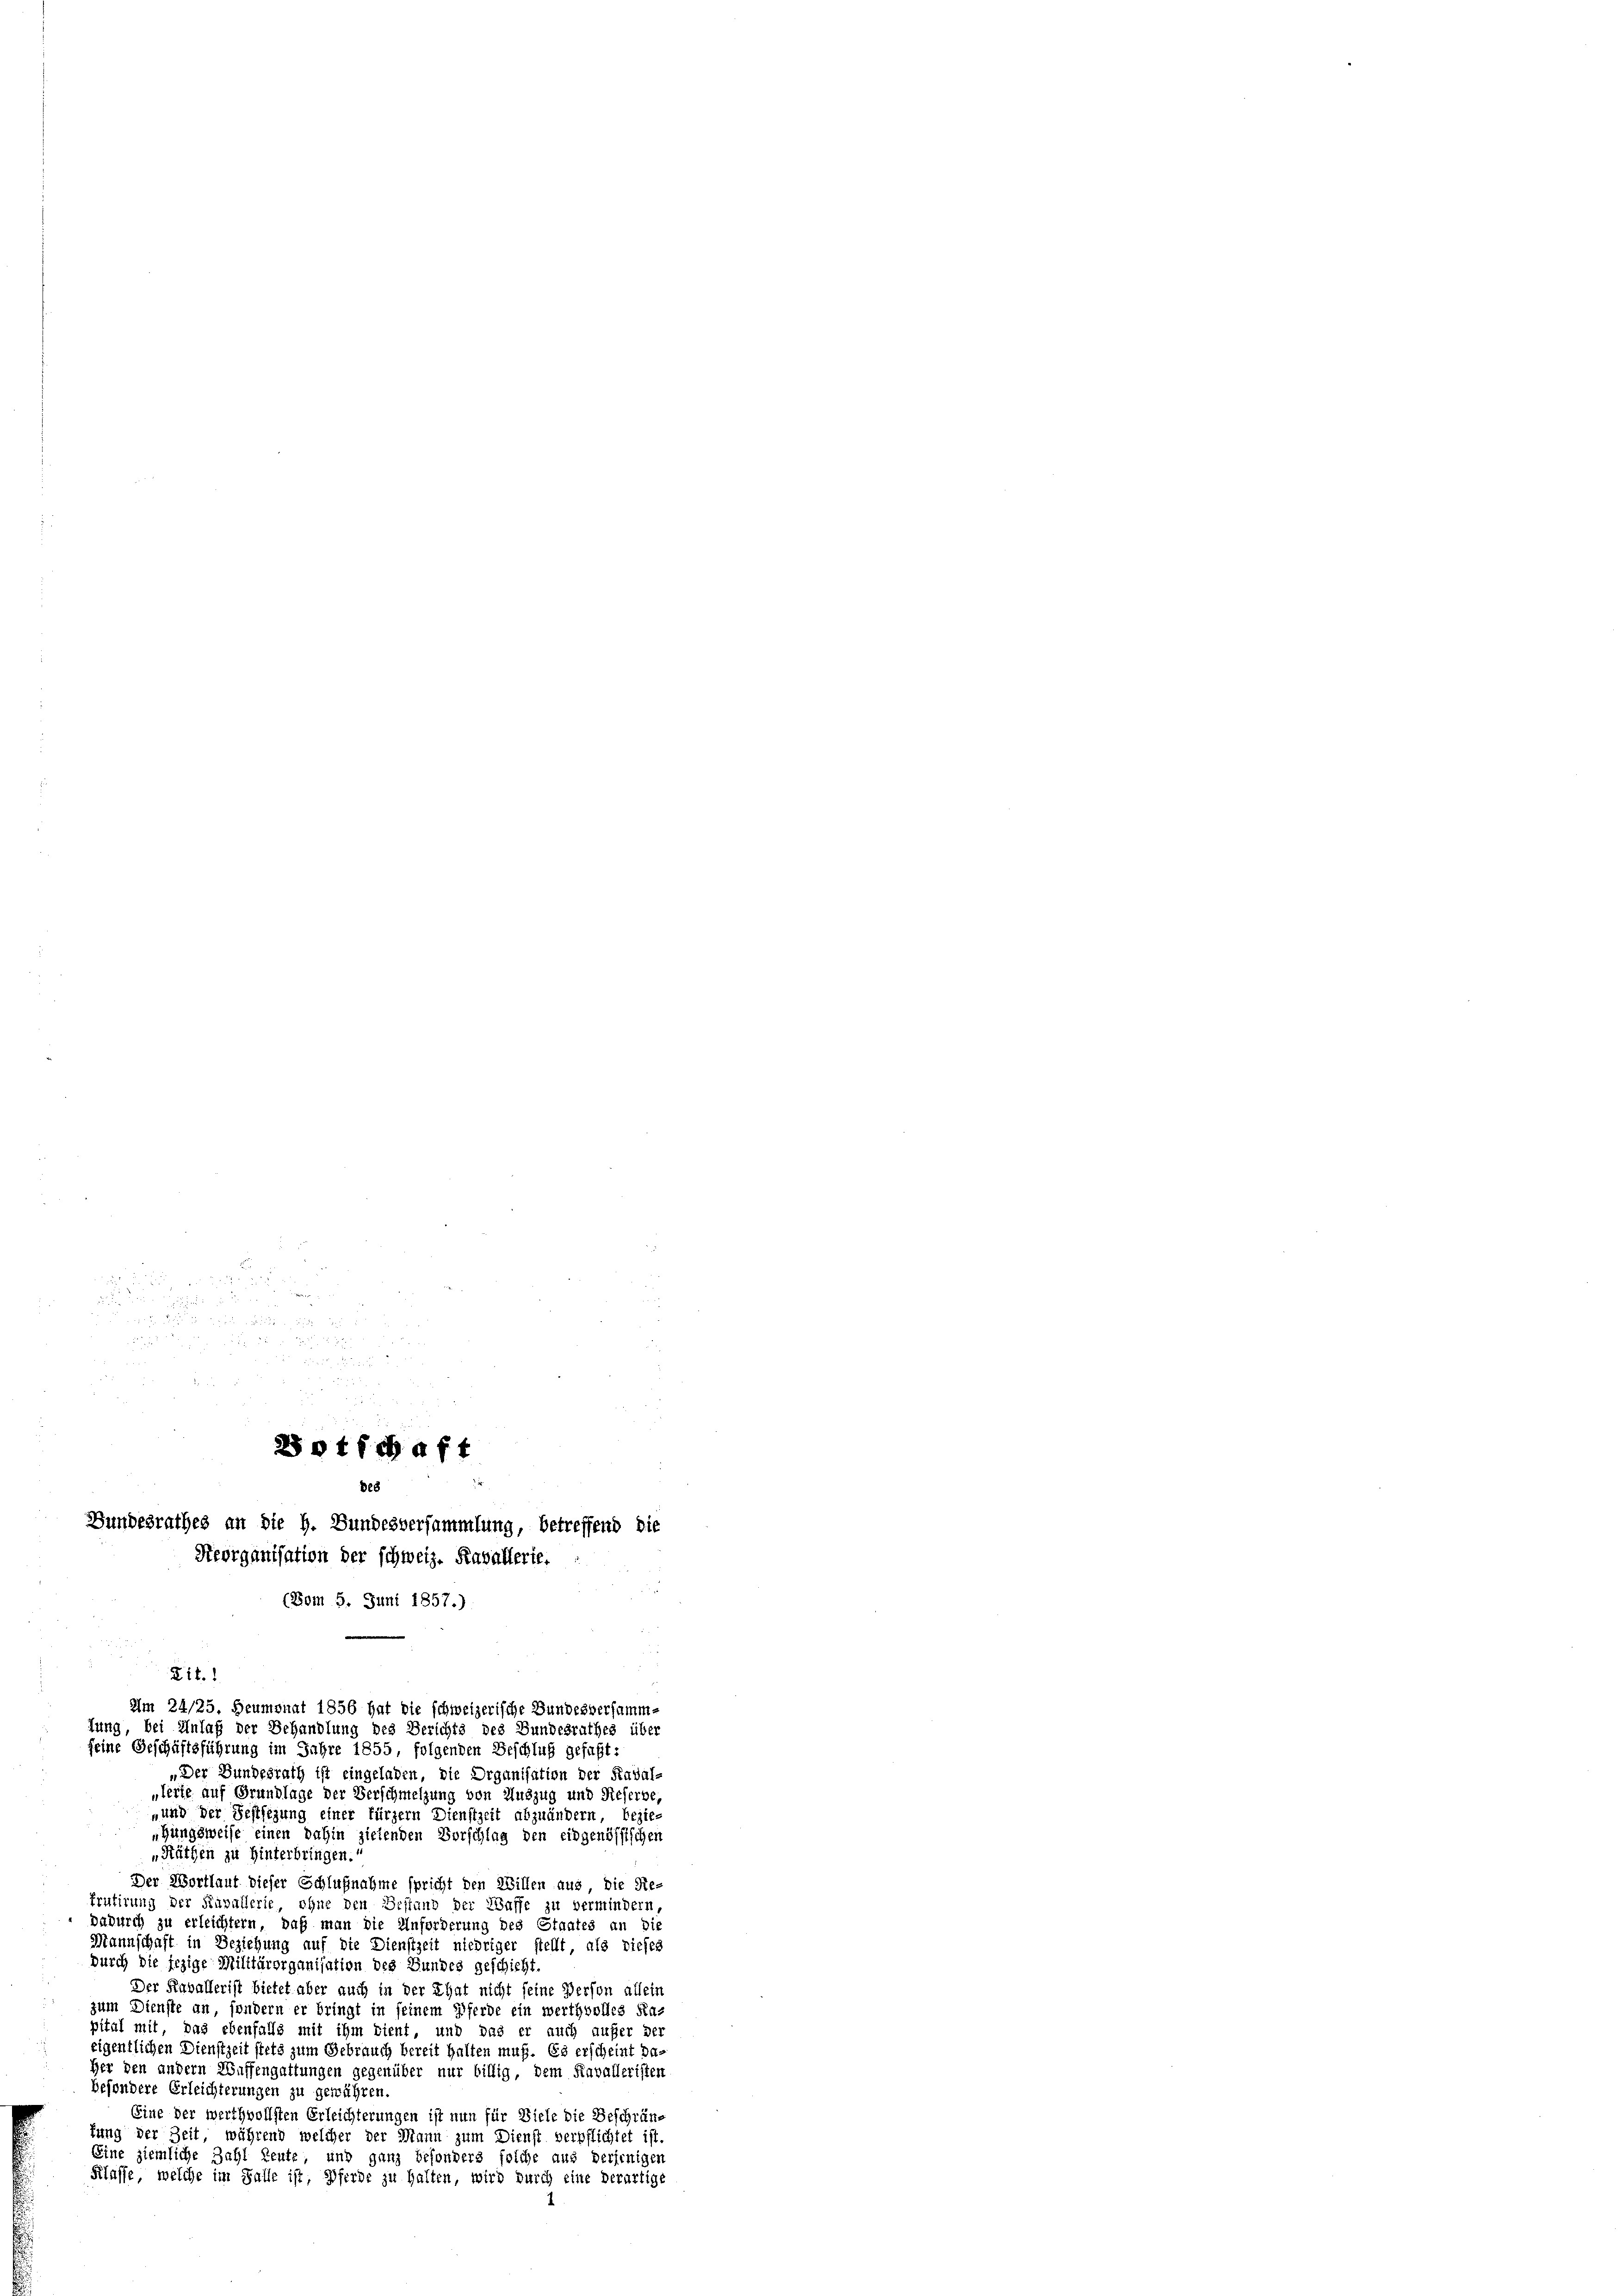
u

u
d
20 t fchaft
Des
Bundesrathes an die h. Bundesversammlung, betreffend die
Reorganisation der schweiz. Raballerie.
(Vom 5. Juni 1857.)

Lit. 1
Am 24/25. Heumonat 1856 hat die schweizerische Bundesversamme
fung, bei Anlaß der Behandlung des Berichts des Bundesrathes über
feine Geschäftsführung im Jahre 1855, folgenden Beschluß gefaßt:

„Der Bundesrath ist eingeladen, die Organisation der Kaval-
„lerte auf Grundlage der Verschmelzung von Auszug und Reserbe,
„und der Festsezung einer fürzern Dienstzeit abzuändern, bezie¬
„Gungsweise einen dahin zielenden Vorschlag den eidgenössischen
„Räthen zu Hinterbringen.“
Der Wortlaut dieser Schlußnahme spricht den Willen aus, die Re-
Frutirung der Savallerie, ohne den Bestand der Wasse zu vermindern,
dadurch zu erleichtern, daß man die Anforderung des Staates an die
Mannschaft in Beziehung auf die Dienstzeit niedriger stellt, als dieses
durch die jezige Militärorganisation des Bundes geschicht
Der Raballerist bietet aber auch in der That nicht seine Person allein
zum Dienste an, sondern er bringt in seinem Pferde ein werthvolles Rapital mit, das ebenfalls mit ihm tient, und das er auch aufer der
eigentlichen Dienstzeit stets zum Gebrauch bereit halten muß. Es erscheint da-
Her den andern Waffengattungen gegenüber nur billig, dem Kavalleristen
besondere Erleichterungen zu gewähren.
Eine der werthvollsten Erleichterungen ist nun für Ziele die Beschränfung der Zeit, während welcher der Mann zum Dienst verpflichtet ist.
Eine ziemliche Zahl Leute, und ganz besonders folche aus derjenigen
Klasse, welche im Falle ist, Pferde zu halten, wird durch eine derartige